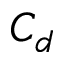
C _ { d }